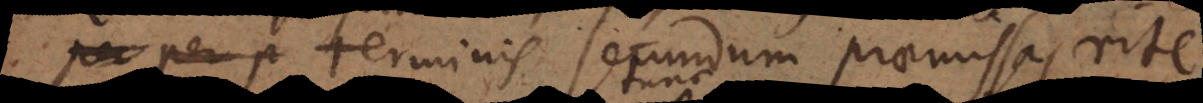
terminis secundum praemissas rite